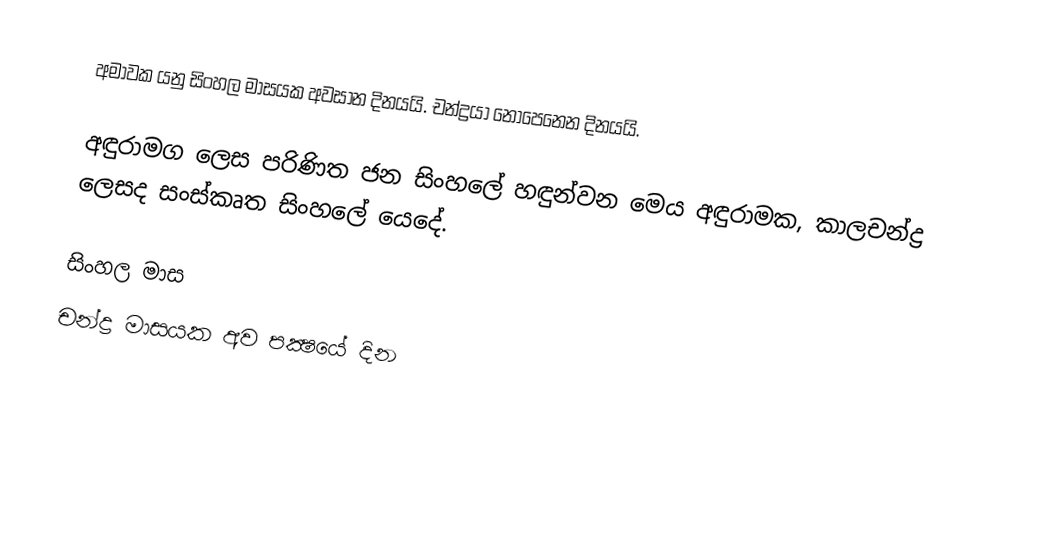
අමාවක යනු සිංහල මාසයක අවසාන දිනයයි. චන්ද්‍රයා නොපෙනෙන දිනයයි.

අඳුරාමග ලෙස පරිණිත ජන සිංහලේ හඳුන්වන මෙය අඳුරාමක, කාලචන්ද්‍ර ලෙසද සංස්කෘත සිංහලේ යෙදේ.

සිංහල මාස
චන්ද්‍ර මාසයක අව පක්‍ෂයේ දින